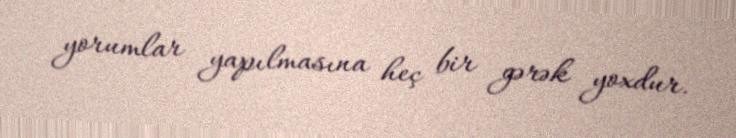
yorumlar yapılmasına heç bir gərək yoxdur.